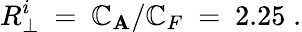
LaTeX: R_{\perp}^{i}\ =\ \mathbb{C}_{\mathbf{A}}/\mathbb{C}_{F}\ =\ 2.25\; .